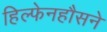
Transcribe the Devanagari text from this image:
हिल्फेनहौसने